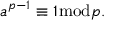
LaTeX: a ^ { p - 1 } \equiv 1 { \bmod { p } } .